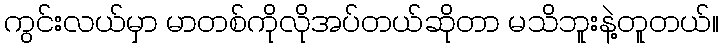
ကွင်းလယ်မှာ မာတစ်ကိုလိုအပ်တယ်ဆိုတာ မသိဘူးနဲ့တူတယ်။